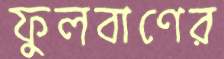
ফুলবাণের